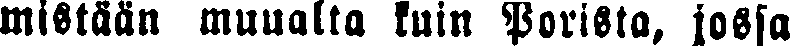
mistään muualla kuin Porista, jossa